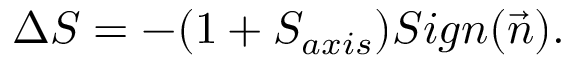
\Delta S = - ( 1 + S _ { a x i s } ) S i g n ( \vec { n } ) .